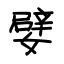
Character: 嬖